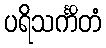
ပရိသင်္ကိတံ